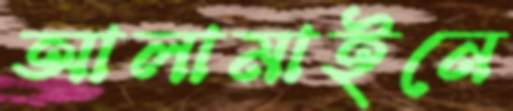
আলামাইনে